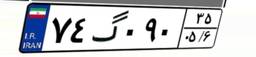
۷۴گ۰۹۰۳۵